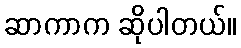
ဆာကာက ဆိုပါတယ်။